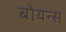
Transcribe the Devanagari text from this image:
बोयन्स